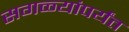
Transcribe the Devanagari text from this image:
सगळ्यांपर्यंत